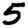
Digit: 5